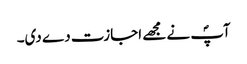
آپؐ نے مجھے اجازت دے دی۔